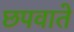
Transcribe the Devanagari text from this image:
छपवाते